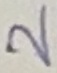
Text: 2